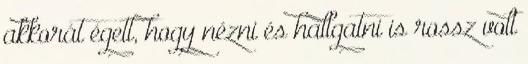
akkorát égett, hogy nézni és hallgatni is rossz volt